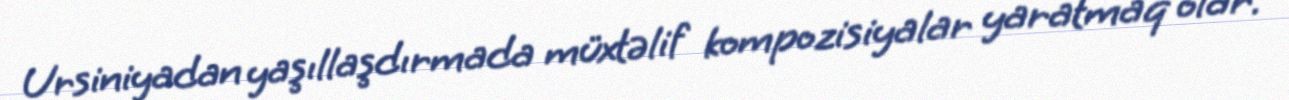
Ursiniyadan yaşıllaşdırmada müxtəlif kompozisiyalar yaratmaq olar.